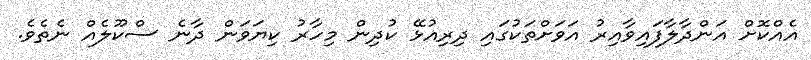
އެއްކޮށް އަންދާލާފައިވާއިރު އަވަށްތަކުގައި ދިރިއުޅޭ ކުދިން މިހާރު ކިޔަވަން ދާނެ ސްކޫލެއް ނެތެވެ.